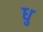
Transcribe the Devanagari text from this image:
धु